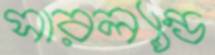
সারল্যান্ড